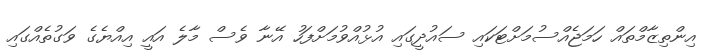
އިންތިޒާމްތައް ހަމަޖެއްސުމަށްޓަކައި ސައުދީގައި އުޅުއްވުމަށްފަހު އޭނާ ވެސް މާލެ އައީ އިއްޔެގެ ވަގުތެއްގައި